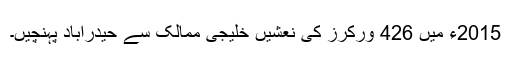
2015ء میں 426 ورکرز کی نعشیں خلیجی ممالک سے حیدرآباد پہنچیں۔